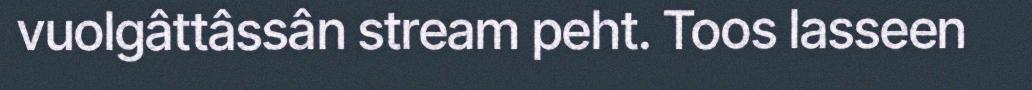
vuolgâttâssân stream peht. Toos lasseen